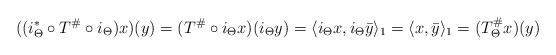
LaTeX: \begin{align*}((i^*_\Theta\circ T^\#\circ i_\Theta)x)(y)=(T^\#\circ i_\Theta x)(i_\Theta y)=\langle i_\Theta x, i_\Theta \bar y\rangle_1=\langle x,\bar y\rangle_1=(T^\#_\Theta x)(y)\end{align*}